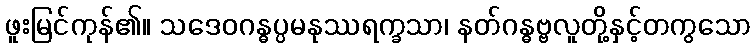
ဖူးမြင်ကုန်၏။ သဒေဝဂန္ဓပ္ပမနုဿရက္ခသာ၊ နတ်ဂန္ဓဗ္ဗလူတို့နှင့်တကွသော